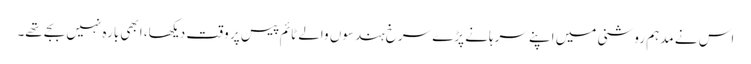
اس نے مدہم روشنی میں اپنے سرہانے پڑے سرخ ہندسوں والے ٹائم پیس پر وقت دیکھا، ابھی بارہ نہیں بجے تھے۔